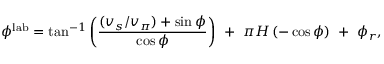
\phi ^ { \mathrm { l a b } } = \tan ^ { - 1 } \left( \frac { ( v _ { s } / v _ { \pi } ) + \sin \phi } { \cos \phi } \right) ~ + ~ \pi H \left( - \cos \phi \right) ~ + ~ \phi _ { r } ,